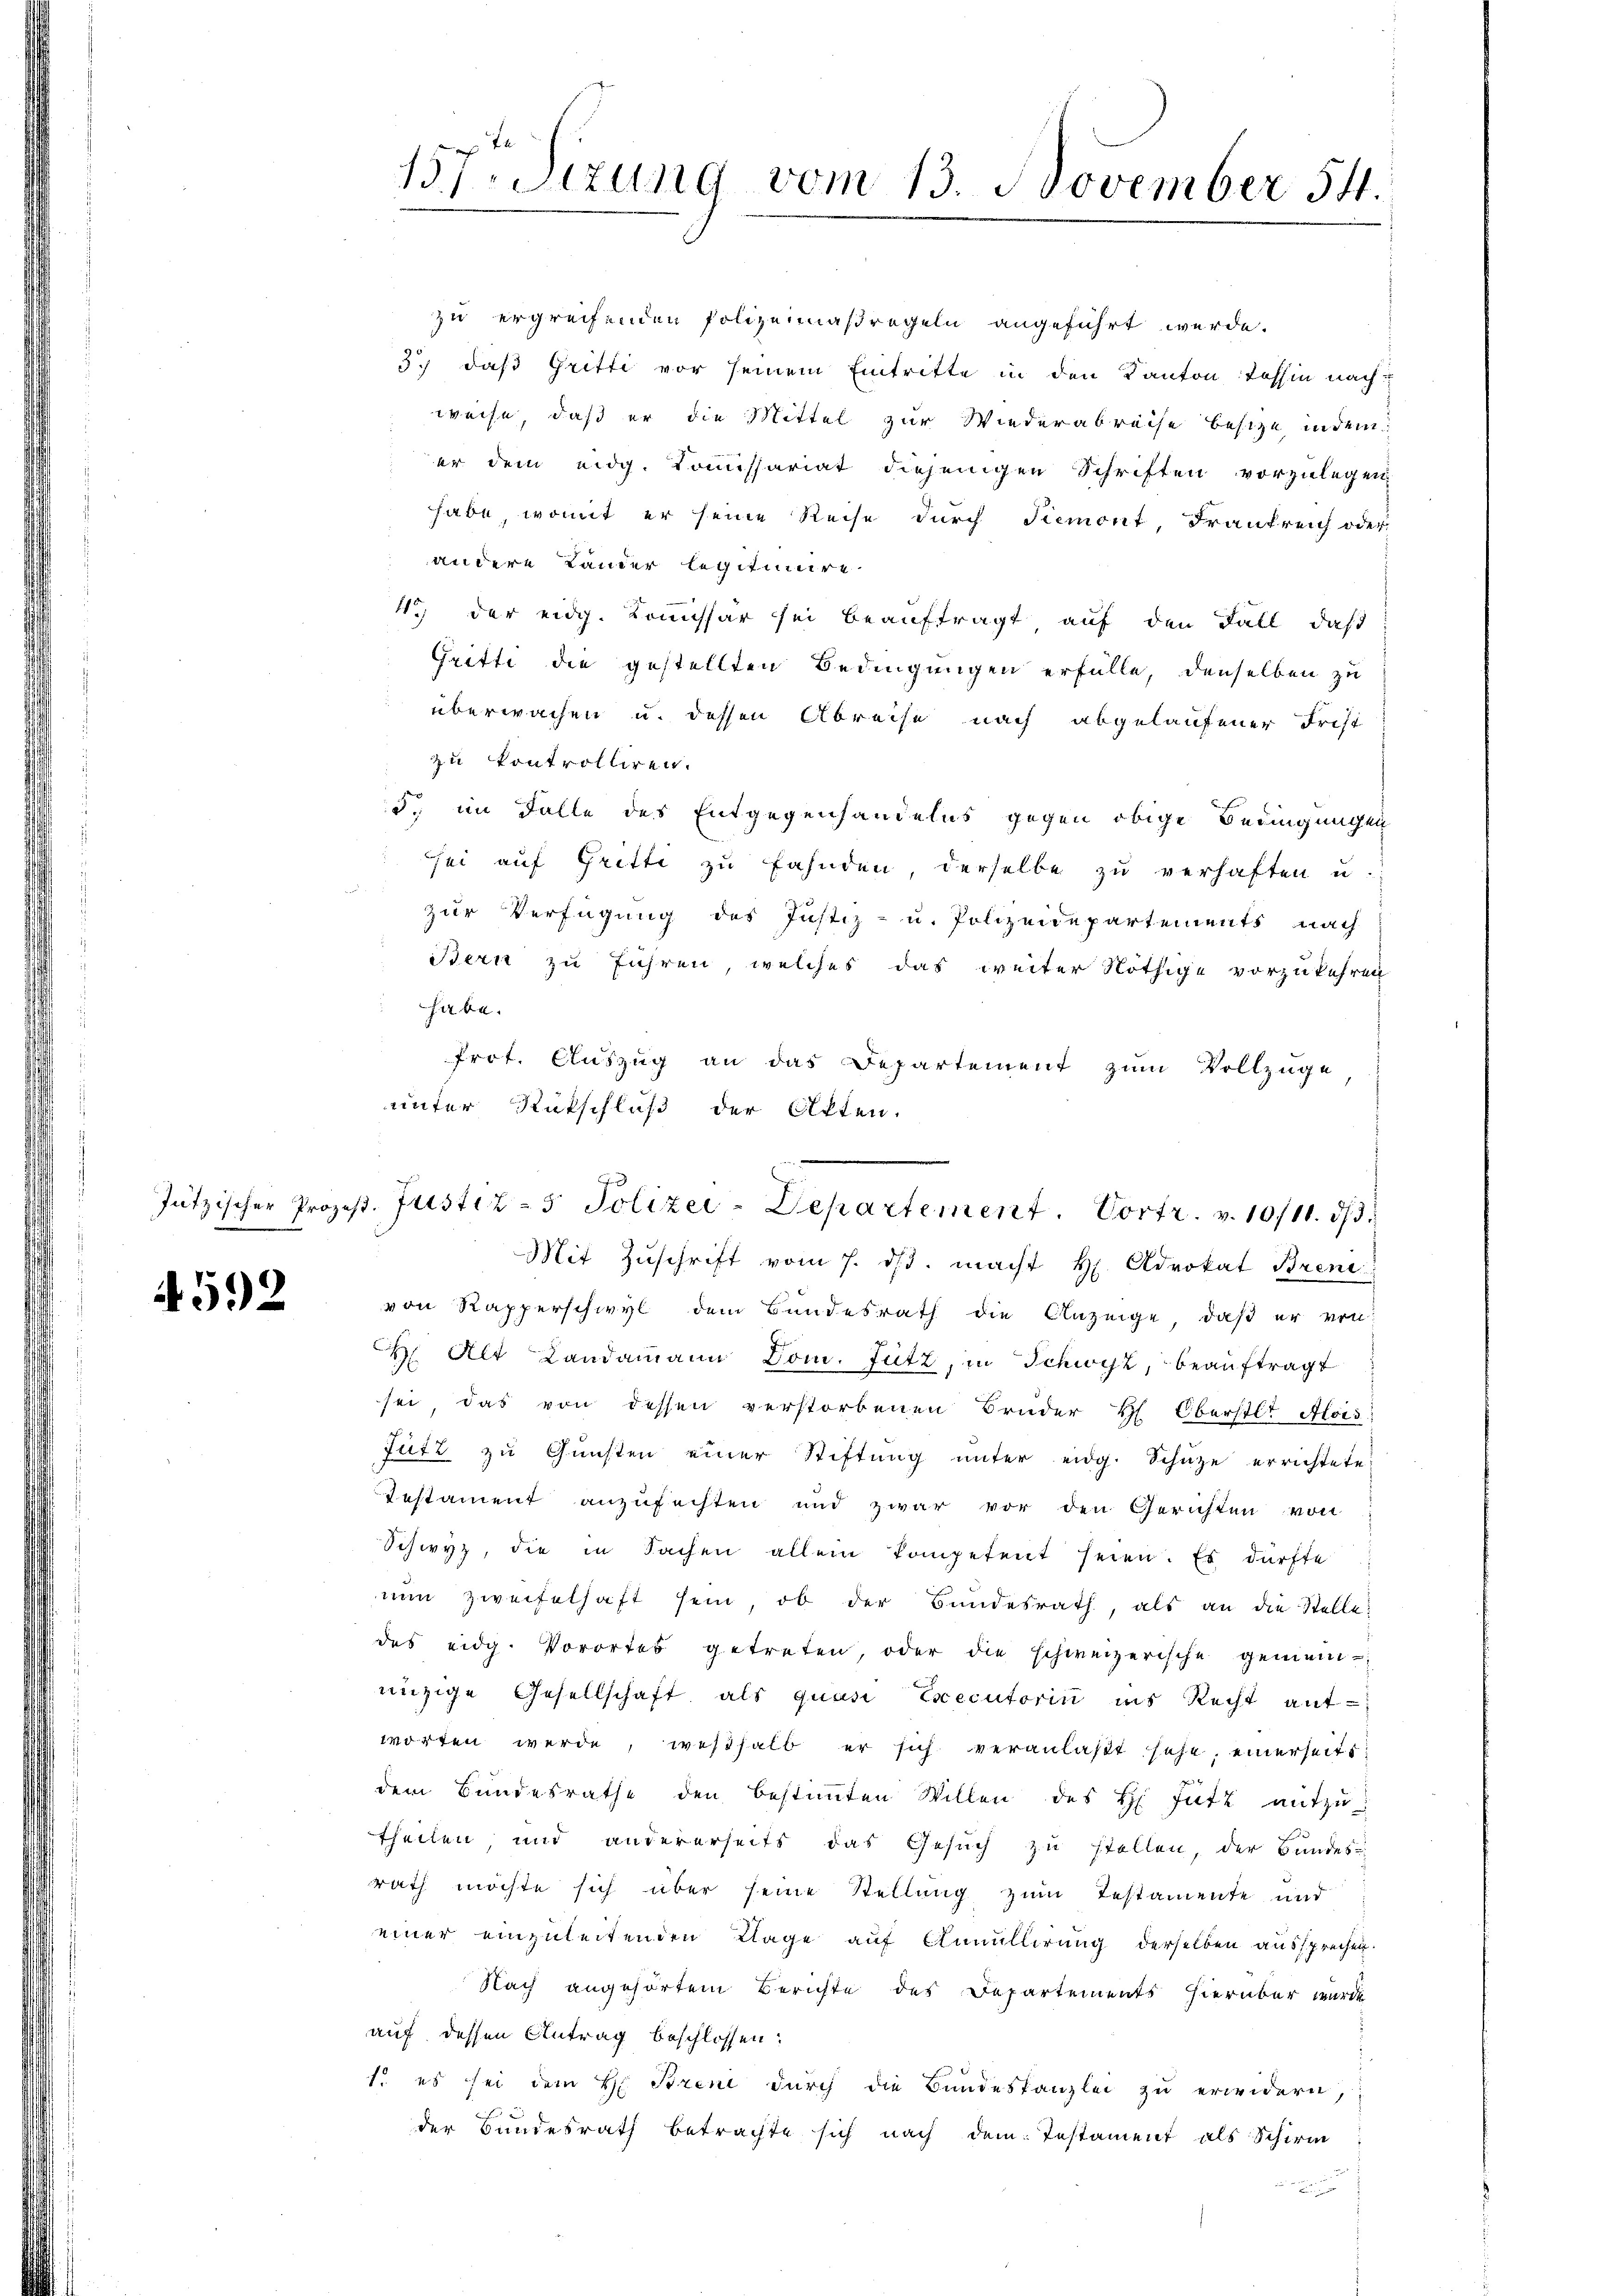
4592

zu ergreifenden Polizeimaßregeln angeführt werde.
37, daß Gritti vor seinem Eintritte in den Kanton Tessin nach
weise, daß er die Mittel zur Wiederabreise besize indem
er dem eidg. Kommissariat diejenigen Schriften vorzulegen
habe, womit er seine Reise durch Piemont, Frankreich oder
andere Lander legitimire
1.) der eidg. Kommissar sei beauftragt, auf den Fall, daß
Gritte die gestellten Bedingungen erfülle, denselben zu
überwachen u. dessen Abreise nach abgelaufener Frist
zu kontrolliren.
3. im Falle des Entgegenhandelns gegen obige Bedingungen
sei auf Gritti zu fahnden, derselbe zu verhaften u.
zur Verfügung des Justiz- u. Polizeidepartements nach
Bern zu führen, welches das weiter Nöthige vorzukehren
habe.
Prot. Auszug an das Departement zum Vollzuge
unter Rückschluß der Akten.

157. Seizung vom 13. November 54.

Jützischer Prozeβ. Justiz- & Polizei-Departement. Vortr. v. 10/11. ds.

Mit Zŭschrift vom 7. ds. macht H. Advokat Bren
von Rapperschwyl dem Bundesrath die Anzeige, daß er von
. Alt Landammann Dom. Jütz, in Schwyz, beauftragt
sei, das von dessen verstorbenen Brüder H: Oberstl. Alois
futz zŭ Gŭnsten einer Stiftŭng ŭnter eidg. Schütze errichtete
Testament anzufechten und zwar vor den Gerichten von
Schwyz, die in Sachen allein kompetent seien. Es dürfte
nun zweifelhaft sein, ob der Bundesrath, als an die Stelle
des eidg. Vorortes getreten, oder die schweizerische gemein-
nüzige Gesellschaft als quasi Executorin ins Recht ant-
worten werde, weßhalb er sich veranlaßt sehe, einerseitsdem Bundesrathe den bestiṁten Willen des H Fütt mitzu-
theilen, und andererseits das Gesuch zu stellen, der Bundes-
rath möchte sich über seine Stellung zum Testamente und
einer einzuleitenden Klage auf Annullirung derselben aussprechen.
Nach angehörtem Berichte des Departements hierüber wurde
auf dessen Antrag beschlossen:
1. es sei dem H. Brend durch die Bundeskanzlei zu erwidern,
der Bundesrath betrachte sich nach dem Testament als Schirm